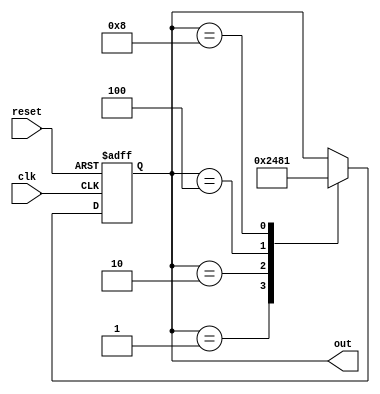
module JohnsonCounter (
    input clk,
    input reset,
    output reg [3:0] out
);

reg [3:0] state;

always @(posedge clk or posedge reset) begin
    if (reset) begin
        state <= 4'b0001;
    end else begin
        case(state)
            4'b0001: state <= 4'b0010;
            4'b0010: state <= 4'b0100;
            4'b0100: state <= 4'b1000;
            4'b1000: state <= 4'b0001;
        endcase
    end
end

assign out = state;

endmodule